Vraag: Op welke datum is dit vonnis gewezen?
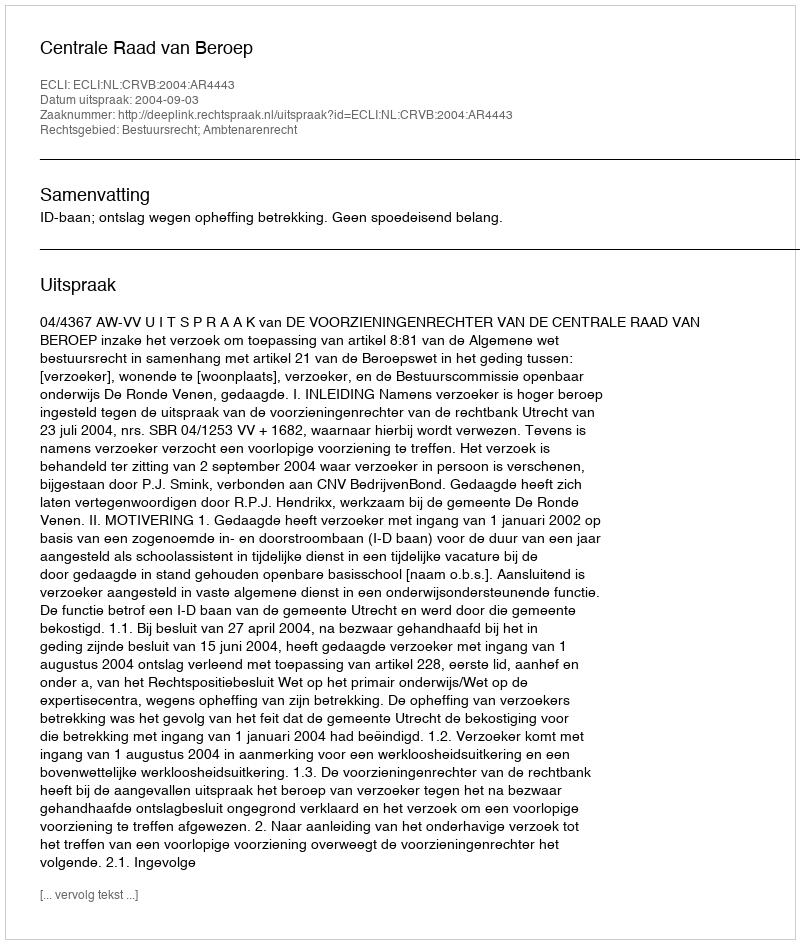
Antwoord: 2004-09-03